Report on the lunatic asylums under the Government of Bombay - 1904-1913
Year: 1904
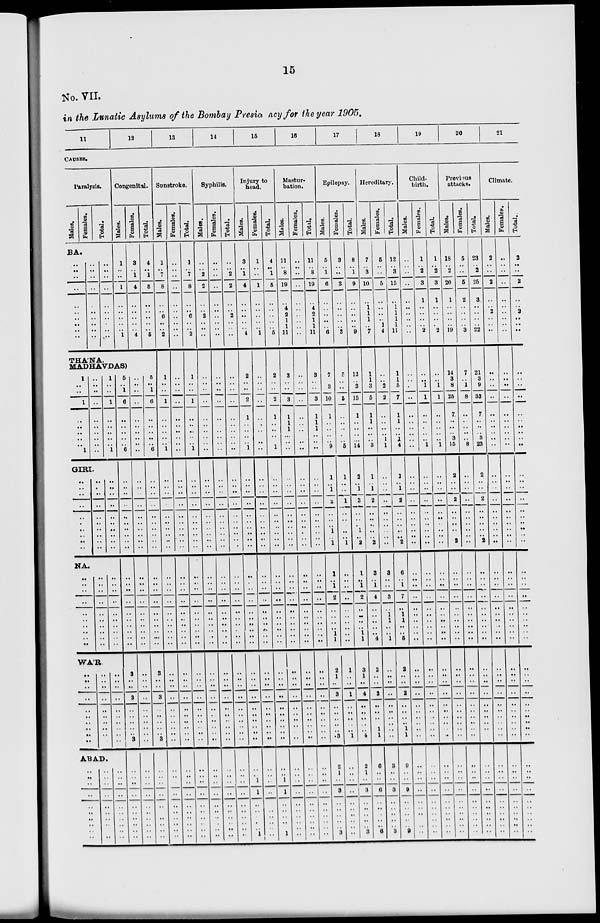
15
No. VII.
in the Lunatic Asylums of the Bombay Presia ncy for the year 1905.
11
12
13
14
15
16
17
18
19
20
21
CAUSES.
Paralysis.
Males.
Females.
Total.
BA.
..
..
..
..
..
..
..
..
..
..
..
..
..
..
..
..
..
..
..
..
..
..
..
..
..
..
..
..
..
..
Congenital.
Males.
1
..
..
1
..
..
..
..
..
1
Females.
3
.. 1
4
..
..
..
..
..
4
Total.
4
.. 1
5
..
..
..
..
..
5
THANA.
MADHAVDAS)
1
.. ...
1
..
..
..
..
1
..
..
..
..
..
..
..
..
..
1
.. ..
1
..
..
..
..
1
GIRI.
..
..
..
..
..
..
..
..
..
..
..
..
..
..
..
..
..
..
..
..
..
..
..
..
..
..
..
..
..
..
NA.
..
..
..
..
..
..
..
..
..
..
..
..
..
..
..
..
..
.. ..
..
..
..
..
..
..
..
..
.. ..
..
WAR.
..
..
..
..
..
..
..
. .
.. ..
..
..
..
..
..
..
..
..
..
..
..
..
..
..
..
..
..
..
..
..
ABAD.
..
..
..
..
..
..
..
..
..
..
..
..
..
..
..
..
..
..
..
..
..
..
..
..
..
..
..
..
..
..
5
.. 1
6
..
..
..
..
6
..
..
..
..
..
..
..
..
..
..
..
..
..
..
..
..
..
.. ..
..
3
..
..
3
..
..
..
..
..
3
..
..
..
..
..
..
..
..
..
..
..
..
..
..
..
..
..
..
..
..
..
..
..
..
..
..
..
..
..
..
..
..
..
..
..
..
.. ..
..
..
..
..
..
..
..
..
..
..
..
..
..
..
..
..
..
..
..
..
..
5
.. 1
6
..
..
..
..
6
..
..
..
..
..
..
..
..
..
..
..
..
..
..
..
..
..
.. ..
..
3
..
..
3
..
..
..
..
.. 3
..
..
..
..
..
..
..
..
..
..
Sunstroke.
Males.
1
.. 7
8
..
.. 6
..
..
2
1
..
..
1
..
..
..
..
1
..
..
..
..
..
..
..
..
..
..
..
..
..
..
..
..
..
.. ..
..
..
..
..
..
..
..
..
..
..
..
..
..
..
..
..
..
..
..
..
..
Females.
..
..
..
..
..
..
..
..
..
..
..
..
..
..
..
..
..
..
..
..
..
..
..
..
..
..
..
..
..
..
..
..
..
..
..
..
.. ..
..
..
..
..
..
..
..
..
..
..
..
..
..
..
..
..
..
..
..
..
..
Total.
1
.. 7
8
..
..
6
..
..
2
1
..
..
1
..
..
..
..
1
..
..
..
..
..
..
..
..
..
..
..
..
..
..
..
..
..
.. ..
..
..
..
..
..
..
..
..
..
..
..
..
..
..
..
..
..
..
..
..
..
Syphilis.
Males.
..
.. 2
2
..
.. 2
..
..
..
..
..
..
..
..
..
..
..
..
..
..
..
..
..
..
..
..
..
..
..
..
..
..
..
..
..
.. ..
..
..
..
..
..
..
..
..
..
..
..
..
..
..
..
..
..
..
..
.. ..
Females.
..
..
..
..
..
..
..
..
..
..
..
..
..
..
..
..
..
..
..
..
..
..
..
..
..
..
..
..
..
..
..
..
..
..
..
..
.. ..
..
..
..
..
..
..
..
..
..
..
..
..
..
..
..
..
..
..
..
..
..
Total.
..
.. 2
2
..
.. 2
..
..
..
..
..
..
..
..
..
..
..
..
..
..
..
..
..
..
..
..
..
..
..
..
..
..
..
..
..
.. ..
..
..
..
..
..
..
..
..
..
..
..
..
..
..
..
..
..
..
..
..
..
Injury to
head.
Males.
3
.. 1
4
..
..
..
..
..
4
2
..
..
2
1
..
..
..
1
..
..
..
..
..
..
..
..
..
..
..
..
..
..
..
..
..
.. ..
..
..
..
..
..
..
..
..
..
..
..
..
..
1
1
..
..
..
..
.. 1
Females.
1
..
..
1
..
..
..
..
..
1
..
..
..
..
..
..
..
..
..
..
..
..
..
..
..
..
..
..
..
..
..
..
..
..
..
..
.. ..
..
..
..
..
..
..
..
..
..
..
..
..
..
..
..
..
..
..
..
..
..
Total.
4
.. 1
5
..
..
..
..
..
5
2
..
..
2
1
..
..
..
1
..
..
..
..
..
..
..
..
..
..
..
..
..
..
..
..
..
.. ..
..
..
..
..
..
..
..
..
..
..
..
..
..
1
1
..
..
..
..
.. 1
Mastur-
bation.
Males.
11
.. 8
19
..
4
2
1
1
11
3
..
..
3
1
1
1
..
..
..
..
..
..
..
..
..
..
..
..
..
..
..
..
..
..
..
.. ..
..
..
..
..
..
..
..
..
..
..
..
..
..
..
..
..
..
..
..
..
..
Females.
..
.. ..
..
..
..
..
..
..
..
..
..
..
..
..
..
..
..
..
..
..
..
..
..
..
..
..
..
..
..
..
..
..
..
..
..
.. ..
..
..
..
..
..
..
..
..
..
..
..
..
..
..
..
..
..
..
..
..
..
Total.
11
.. 8
19
..
4
2
1
1
11
3
..
..
3
1
1
1
..
..
..
..
..
..
..
..
..
..
..
..
..
..
..
..
..
..
..
.. ..
..
..
..
..
..
..
..
..
.. ..
..
..
..
..
..
..
..
..
..
..
..
Epilepsy.
Males.
5
.. 1
6
..
..
..
..
..
6
7
.. 3
10
1
..
..
..
9
1
..
1
2
..
..
.. 1
..
1
1
..
1
2
..
..
..
.. 1
1
2
1
..
3
..
..
..
..
.. 3
2
1
..
3
..
..
..
..
.. 3
Females.
3
..
..
3
..
..
..
..
..
3
5
..
..
5
..
..
..
..
5
1
..
..
1
..
..
.. ..
..
1
..
..
. .
..
..
..
..
.. ..
..
1
..
..
1
..
..
..
..
.. 1
..
..
..
..
..
..
..
..
..
..
Total.
8
.. 1
9
..
..
..
..
..
9
12
..
3
15
1
..
..
..
14
2
..
1
3
..
..
.. 1
..
2
1
..
1
2
..
..
..
.. 1
1
3
1
..
4
..
..
..
..
.. 4
2
1
..
3
..
..
..
..
.. 3
Hereditary.
Males.
7
.. 3
10
..
1
1
1
..
7
1
1
3
5
1
1
..
..
3
1
..
1
2
..
..
..
..
..
2
3
..
1
4
..
..
..
.. ..
4
2
..
..
2
..
..
..
.. 1
1
6
..
..
6
..
..
..
..
.. 6
Females.
5
..
..
5
..
..
..
..
1
4
..
..
2
2
..
..
..
1
1
..
..
..
..
..
..
..
..
..
..
3
..
..
3
..
1
1
.. ..
1
..
..
..
..
..
..
..
.. ..
..
3
..
..
3
..
..
..
..
.. 3
Total.
12
.. 3
15
..
1
1
1
1
11
1
1
5
7
1
1
..
1
4
1
..
1
2
..
..
..
..
..
2
6
..
1
7
..
1
1
.. ..
5
2
..
..
2
..
..
..
.. 1
1
9
..
..
9
..
..
..
..
.. 9
Child-
birth.
Males.
..
..
..
..
..
..
..
..
..
..
..
..
..
..
..
..
..
..
..
..
..
..
..
..
..
..
..
..
..
..
..
..
..
..
..
..
..
..
..
..
..
..
..
..
..
..
..
..
..
..
..
..
..
..
..
..
..
..
..
Females.
1
.. 2
3
1
..
..
..
..
2
..
.. 1
1
..
..
..
..
1
..
..
..
..
..
..
..
..
..
..
..
..
..
..
..
..
..
.. ..
..
..
..
..
..
..
..
..
..
.. ..
..
..
..
..
..
..
..
..
..
..
Total.
1
.. 2
3
1
..
..
..
..
2
..
.. 1
1
..
..
..
..
1
..
..
..
..
..
..
..
..
..
..
..
..
..
..
..
..
..
.. ..
..
..
..
..
..
..
..
..
..
.. ..
..
..
..
..
..
..
..
..
..
..
Previous
attacks.
Males.
18
.. 2
20
1
..
..
..
..
19
14
3
8
25
7
..
..
3
15
2
..
..
2
..
..
..
..
..
2
..
..
..
..
..
..
..
.. ..
..
..
..
..
..
..
..
..
..
.. ..
..
..
..
..
..
..
..
..
..
..
Females.
5
..
..
5
2
..
..
..
..
3
7
..
1
8
..
..
..
..
8
..
..
..
..
..
..
..
..
..
..
..
..
..
..
..
..
..
.. ..
..
..
..
..
..
..
..
..
..
.. ..
..
..
..
..
..
..
..
..
..
..
Total.
23
.. 2
25
3
..
..
..
..
22
21
3
9
33
33
..
..
3
23
2
..
..
2
..
..
..
..
..
2
..
..
..
..
..
..
..
.. ..
..
..
..
..
..
..
..
..
..
..
..
..
..
..
..
..
..
..
..
..
..
Climate.
Males.
2
..
..
2
..
.. 2
..
..
..
..
..
..
..
..
..
..
..
..
..
..
..
..
..
..
..
..
..
..
..
..
..
..
..
..
..
.. ..
..
..
..
..
..
..
..
..
..
..
..
..
..
..
..
..
..
..
..
..
..
Females.
..
..
..
..
..
..
..
..
..
..
..
..
..
..
..
..
..
..
..
..
..
..
..
..
..
..
..
..
..
..
..
..
..
..
..
..
.. ..
..
..
..
..
..
..
..
..
..
..
..
..
..
..
..
..
..
..
..
..
..
Total.
2
..
..
2
..
.. 2
..
..
..
..
..
..
..
..
..
..
..
..
..
..
..
..
..
..
.. ..
..
..
..
..
..
..
..
..
..
.. ..
..
..
..
..
..
..
..
..
.. ..
..
..
..
..
..
..
..
..
..
..
..